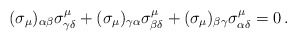
\begin{align*} (\sigma_{\mu})_{\alpha \beta}\sigma^{\mu}_{\gamma \delta} + (\sigma_{\mu})_{\gamma \alpha}\sigma^{\mu}_{\beta \delta} + (\sigma_{\mu})_{\beta \gamma}\sigma^{\mu}_{\alpha \delta}= 0 \, .\end{align*}